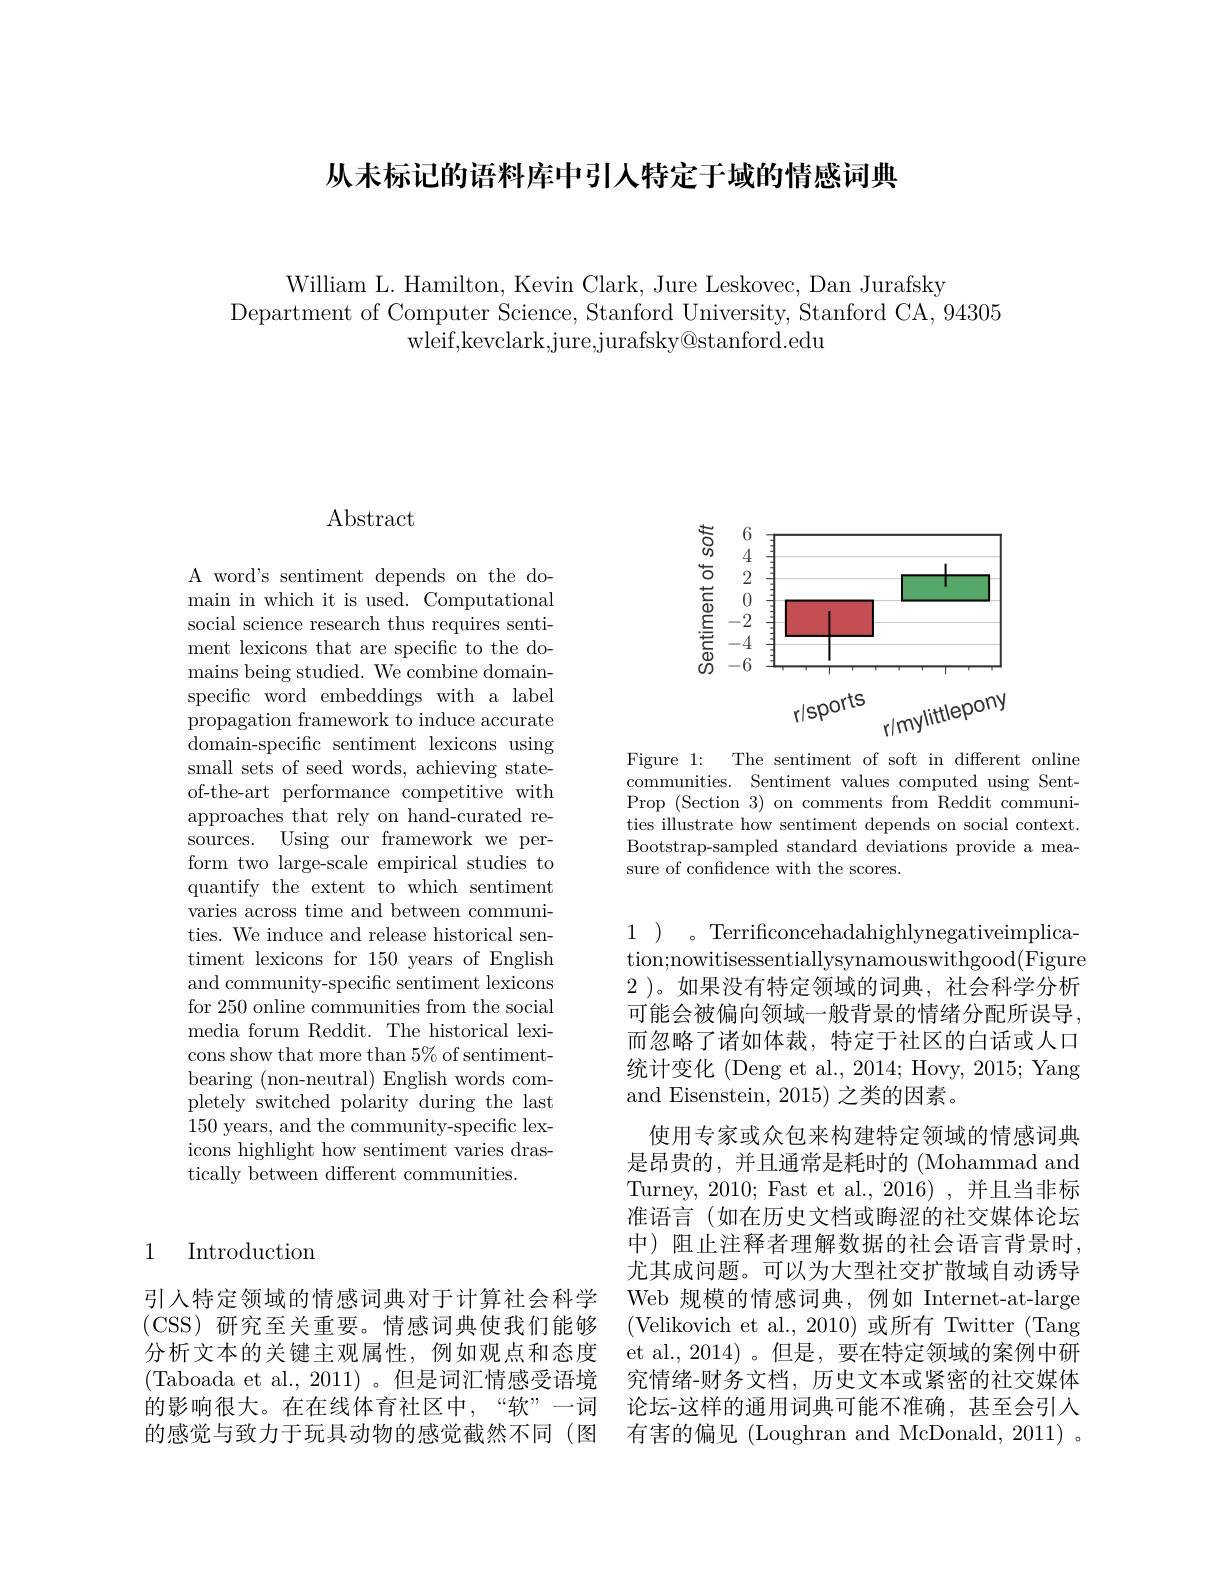
从未标记的语料库中引人特定于域的情感词典

William L. Hamilton, Kevin Clark, Jure Leskovec, Dan Jurafsky
Department of Computer Science, Stanford University, Stanford CA, 94305
wleif,kevclark,jure,jurafsky@stanford.edu

### 1 Introduction

## $\operatorname{Abstract}$

A word's sentiment depends on the domain in which it is used. Computational social science research thus requires sentiment lexicons that are specific to the domains being studied. We combine domainspecific word embeddings with a label propagation framework to induce accurate domain-specifc sentiment lexicons using small sets of seed words, achieving stateof-the-art performance competitive with approaches that rely on hand-curated resources. Using our framework we perform two large-scale empirical studies to quantify the extent to which sentiment varies across time and between communities. We induce and release historical sentiment lexicons for 150 years of English and community-specific sentiment lexicons for 250 online communities from the social media forum Reddit. The historical lexicons show that more than 5% of sentimentbearing (non-neutral) English words completely switched polarity during the last 150 years, and the community-specific lexicons highlight how sentiment varies drastically between different communities.

<FigureHere>

Figure 1: The sentiment of soft in different online communities. Sentiment values computed using SentProp (Section 3) on comments from Reddit communities illustrate how sentiment depends on social context. Bootstrap-sampled standard deviations provide a measure of confidence with the scores.

1 )。Terrificoncehadahighlynegativeimplication;nowitisessentiallysynamouswithgood(Figure 2 )。如果没有特定领域的词典，社会科学分析可能会被偏向领域一般背景的情绪分配所误导而忽略了诸如体裁，特定于社区的白话或人口统计变化 (Deng et al., 2014; Hovy, 2015; Yang and Eisenstein, 2015) 之类的因素。
使用专家或众包来构建特定领域的情感词典是昂贵的，并且通常是耗时的(Mohammad and Turney, 2010; Fast et al., 2016) , 并且当非标准语言(如在历史文档或晦涩的社交媒体论坛中) 阻止注释者理解数据的社会语言背景时， 尤其成问题。可以为大型社交扩散域自动诱导
引入特定领域的情感词典对于计算社会科学 Web 规模的情感词典，例如 Internet-at-large (CSS) 研究至关重要。情感词典使我们能够 (Velikovich et al., 2010) 或所有 Twitter (Tang 分析文本的关键主观属性，例如观点和态度 et al.,2014)。但是，要在特定领域的案例中研(Taboada et al., 2011)。但是词汇情感受语境 究情绪-财务文档，历史文本或紧密的社交媒体的影响很大。在在线体育社区中，“软”一词 论坛-这样的通用词典可能不准确，甚至会引人的感觉与致力于玩具动物的感觉截然不同(图 有害的偏见 (Loughran and McDonald, 2011) 。